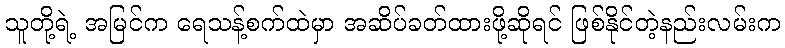
သူတို့ရဲ့ အမြင်က ရေသန့်စက်ထဲမှာ အဆိပ်ခတ်ထားဖို့ဆိုရင် ဖြစ်နိုင်တဲ့နည်းလမ်းက